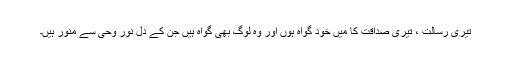
تیری رسالت ، تیری صداقت کا میں خود گواہ ہوں اور وہ لوگ بھی گواہ ہیں جن کے دل نور وحی سے منور ہیں۔